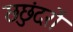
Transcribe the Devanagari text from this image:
छछुंदरों